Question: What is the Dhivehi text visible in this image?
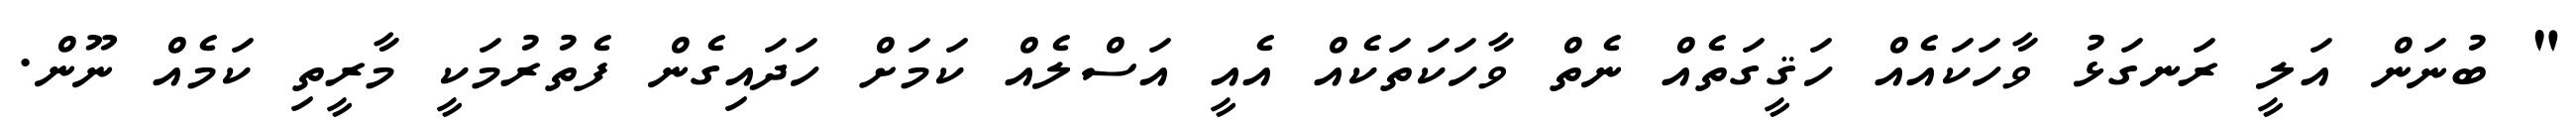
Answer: " ބުނަން އަލީ ރަނގަޅު ވާހަކައެއް ހަޤީގަތެއް ނެތް ވާހަކަތަކެއް އެއީ އަސްލެއް ކަމަށް ހަދައިގެން ފެތުރުމަކީ މާރީތި ކަމެއް ނޫން.